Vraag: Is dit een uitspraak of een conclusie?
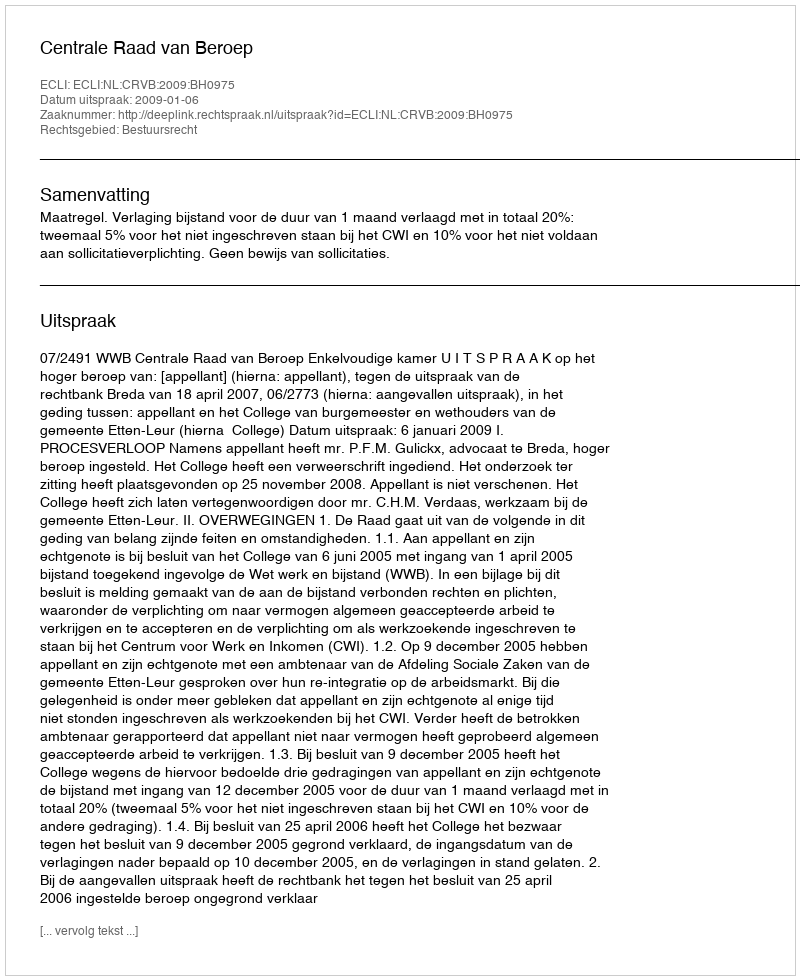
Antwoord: Uitspraak